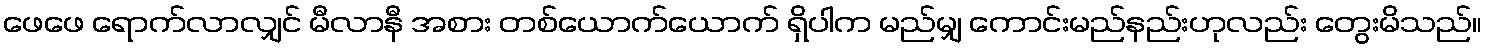
ဖေဖေ ရောက်လာလျှင် မီလာနီ အစား တစ်ယောက်ယောက် ရှိပါက မည်မျှ ကောင်းမည်နည်းဟုလည်း တွေးမိသည်။